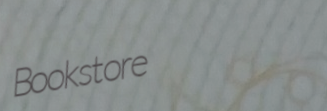
Bookstore